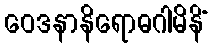
ဝေဒနာနိရောဓဂါမိနိံ